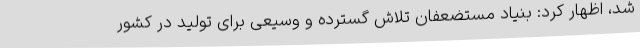
شد، اظهار کرد: بنیاد مستضعفان تلاش گسترده و وسیعی برای تولید در کشور